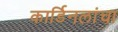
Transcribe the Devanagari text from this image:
कार्डिनलांचा